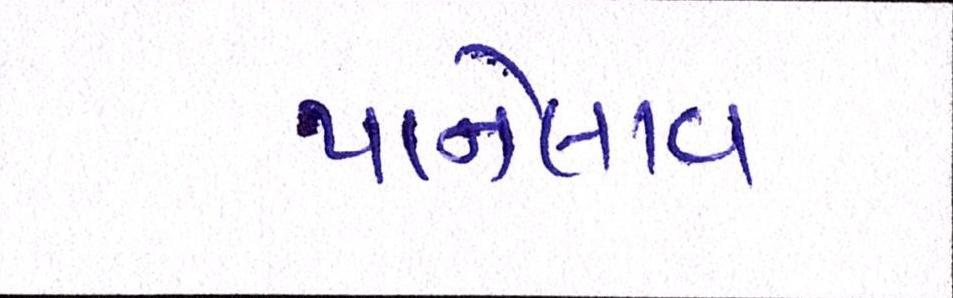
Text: પાનેલાવ